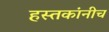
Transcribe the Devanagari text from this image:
हस्तकांनीच